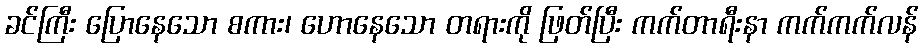
ခင်ကြီး ပြောနေသော စကား၊ ဟောနေသော တရားကို ဖြတ်ပြီး ကက်တာရီးနာ ကက်ကက်လန်